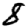
Digit: 8